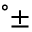
^ { \circ } \pm